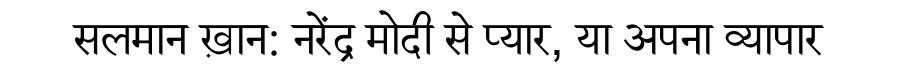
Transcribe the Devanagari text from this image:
सलमान ख़ान: नरेंद्र मोदी से प्यार, या अपना व्यापार